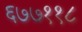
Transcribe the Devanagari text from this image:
६७७११८